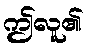
ဤလူ၏